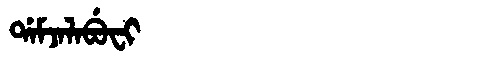
Manchu: ᡩᠠᠮᠵᠠᠯᠠᠪᡠᠸᡳ
Romanization: DAMJALABUFI